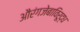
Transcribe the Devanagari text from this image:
औरंगजेबाविरूद्ध